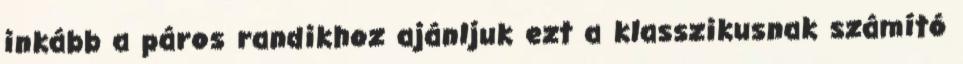
inkább a páros randikhoz ajánljuk ezt a klasszikusnak számító